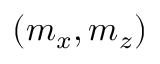
( m _ { x } , m _ { z } )